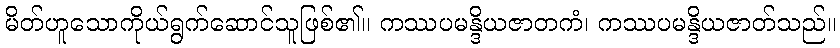
မိတ်ဟူသောကိုယ်ရွက်ဆောင်သူဖြစ်၏။ ကဿပမန္ဒိယဇာတကံ၊ ကဿပမန္ဒိယဇာတ်သည်။